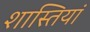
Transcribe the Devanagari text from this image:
शास्तियां